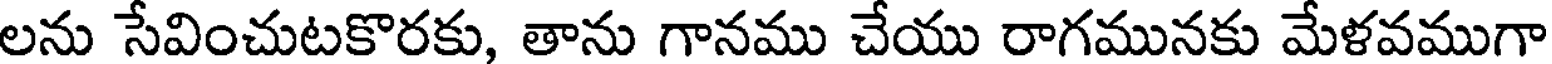
లను సేవించుటకొరకు, తాను గానము చేయు రాగమునకు మేళవముగా